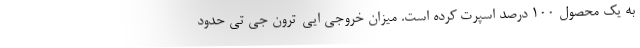
به یک محصول 100 درصد اسپرت کرده است. میزان خروجی ایی-ترون جی تی حدود